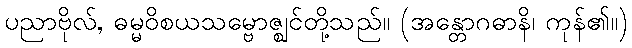
ပညာဗိုလ်, ဓမ္မဝိစယသမ္ဗောဇ္ဈင်တို့သည်။ (အန္တောဂဓာနိ၊ ကုန်၏။)